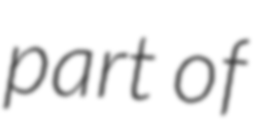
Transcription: part of